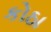
કોઠા